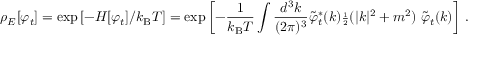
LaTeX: \rho _ { E } [ \varphi _ { t } ] = \exp { [ - H [ \varphi _ { t } ] / k _ { \mathrm { B } } T ] } = \exp { \left[ - { \frac { 1 } { k _ { \mathrm { B } } T } } \int { \frac { d ^ { 3 } k } { ( 2 \pi ) ^ { 3 } } } { \tilde { \varphi } } _ { t } ^ { * } ( k ) { \scriptstyle { \frac { 1 } { 2 } } } ( | k | ^ { 2 } + m ^ { 2 } ) \; { \tilde { \varphi } } _ { t } ( k ) \right] } ~ .